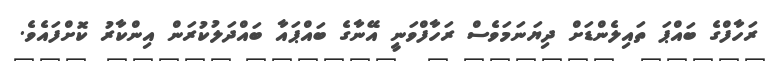
ރަހާފްގެ ބައްޕަ ތައިލެންޑަށް ދިޔަނަމަވެސް ރަހާފްވަނީ އޭނާގެ ބައްޕައާ ބައްދަލުކުރަން އިންކާރު ކޮށްފައެވެ.